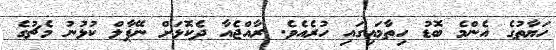
ހަޔާތުގެ އެންމެ ބޮޑު ހިތާމައިގައި ހުރެއެވެ. ރާއްޖެއާ ދެކޮޅަށް ނޭޕާލް ކުޅުނު މެޗުގެ